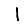
Digit: 1